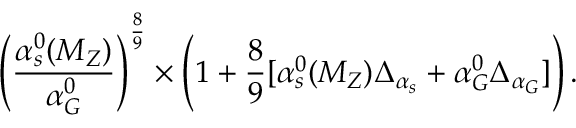
\left( \frac { \alpha _ { s } ^ { 0 } ( M _ { Z } ) } { \alpha _ { G } ^ { 0 } } \right) ^ { \frac { 8 } { 9 } } \times \left( 1 + \frac { 8 } { 9 } [ \alpha _ { s } ^ { 0 } ( M _ { Z } ) \Delta _ { \alpha _ { s } } + \alpha _ { G } ^ { 0 } \Delta _ { \alpha _ { G } } ] \right) .